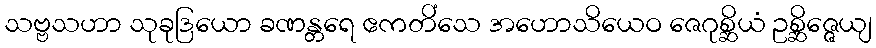
သဗ္ဗသဟာ သုခုဒြယော ခဏန္တရေ ဧကတိံသေ အဟောသိယေဝ ဇေဂုစ္ဆိယံ ဥစ္ဆိဇ္ဇေယျ